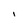
Character: l